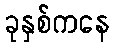
ခုနှစ်ကနေ